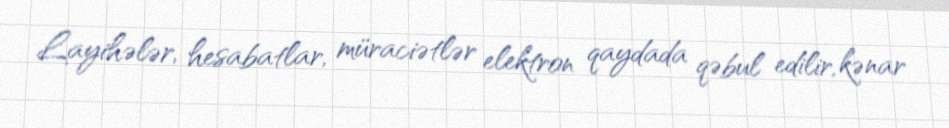
Layihələr, hesabatlar, müraciətlər elektron qaydada qəbul edilir, kənar